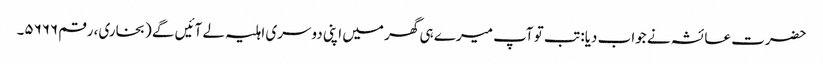
حضرت عائشہ نے جواب دیا: تب تو آپ میرے ہی گھر میں اپنی دوسری اہلیہ لے آئیں گے (بخاری، رقم ۵۶۶۶۔